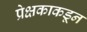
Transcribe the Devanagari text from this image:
प्रेक्षकाकडून